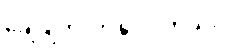
ချေဖျက်လာနိုင်ပါတယ်။